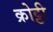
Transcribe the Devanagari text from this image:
क्रोट्टी